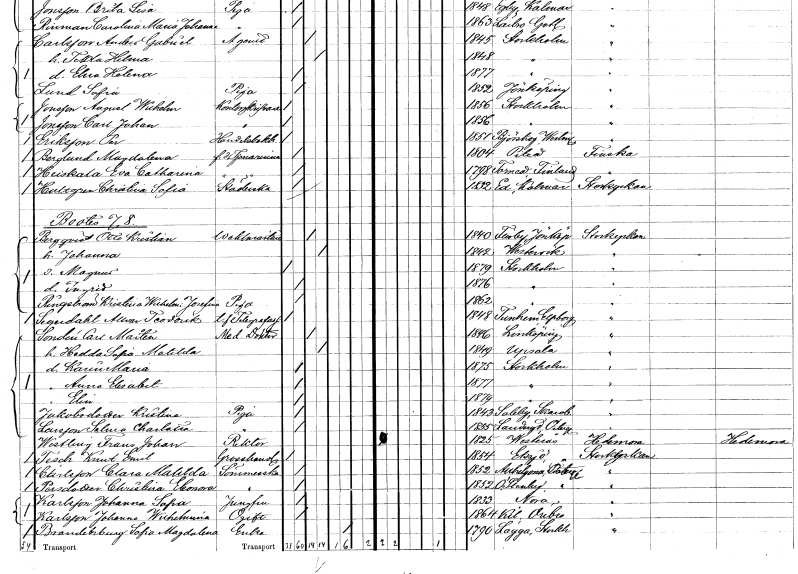
gt_parse: households: individuals: FN: Per
EN: Eriksson
YRKE: Handelsbokhållare
KON: M
CIV: O
FODAR: 1851
FODFORS: Björskog Västmanlands län
FN: Magdalena
EN: Berglund
YRKE: Tjänarinna f.d.
KON: K
CIV: O
FODAR: 1804
FODFORS: Piteå Norrbottens län
FN: Eva Catharina
EN: Heiskala
YRKE: Tjänarinna f.d.
KON: K
CIV: O
FODAR: 1798
FN: Christina Sofia
EN: Hultgren
YRKE: Städerska
KON: K
CIV: O
FODAR: 1832
FODFORS: Ed Kalmar län
FN: Otto Kristian
EN: Bergqvist
YRKE: Vaktmästare
KON: M
CIV: G
FODAR: 1840
FODFORS: Flisby Jönköpings län
FN: Johanna
KON: K
CIV: G
FODAR: 1842
FODFORS: Västervik Kalmar län
FN: Magnus
KON: M
CIV: O
FODAR: 1879
FODFORS: Stockholm
FN: Ingrid
KON: K
CIV: O
FODAR: 1876
FODFORS: Stockholm
FN: Kristina Wilhelmina Josefina
EN: Ringström
YRKE: Piga
KON: K
CIV: O
FODAR: 1862
FODFORS: Stockholm
FN: Allvar Teodorik
EN: Segerdahl
YRKE: Telegrafarbetare t.f.
KON: M
CIV: O
FODAR: 1848
FODFORS: Tunhem Älvsborgs län
FN: Carl Mårten
EN: Sondén
YRKE: Medicine doktor
KON: M
CIV: G
FODAR: 1846
FODFORS: Linköping Östergötlands län
FN: Hedda Sofia Matilda
KON: K
CIV: G
FODAR: 1849
FODFORS: Uppsala Uppsala län
FN: Karin Maria
KON: K
CIV: O
FODAR: 1875
FODFORS: Stockholm
FN: Anna Elisabet
KON: K
CIV: O
FODAR: 1877
FODFORS: Stockholm
FN: Elin
KON: K
CIV: O
FODAR: 1879
FODFORS: Stockholm
FN: Kristina
EN: Jakobsdotter
YRKE: Piga
KON: K
CIV: O
FODAR: 1843
FODFORS: Saleby Skaraborgs län
FN: Selma Charlotta
EN: Larsson
YRKE: Piga
KON: K
CIV: O
FODAR: 1855
FODFORS: Landeryd Östergötlands län
FN: Frans Johan
EN: Westberg
YRKE: Rektor
KON: M
CIV: O
FODAR: 1825
FODFORS: Västerås Västmanlands län
FN: Knut Emil
EN: Tesch
YRKE: Grosshandlare
KON: M
CIV: O
FODAR: 1854
FODFORS: Eksjö Jönköpings län
FN: Clara Matilda
EN: Carlsson
YRKE: Sömmerska
KON: K
CIV: O
FODAR: 1852
FODFORS: Allhelgona Östergötlands län
FN: Christina Eleonora
EN: Persdotter
YRKE: Sömmerska
KON: K
CIV: O
FODAR: 1852
FODFORS: Östra Stenby Östergötlands län
FN: Johanna Sofia
EN: Karlsson
YRKE: Jungfru
KON: K
CIV: O
FODAR: 1833
FODFORS: Nora Örebro län
FN: Johanna Wilhelmina
EN: Karlsson
KON: K
CIV: O
FODAR: 1864
FODFORS: Kil Örebro län
FN: Sofia Magdalena
EN: Branderburg
YRKE: Änka
KON: K
CIV: E
FODAR: 1790
FODFORS: Lagga Uppsala län